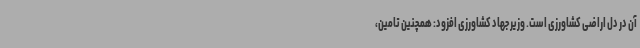
آن در دل اراضی کشاورزی است. وزیر جهاد کشاورزی افزود: همچنین تامین،